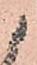
候